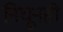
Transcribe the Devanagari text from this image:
निघूनही